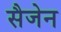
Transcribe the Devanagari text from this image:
सैजेन